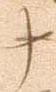
十